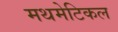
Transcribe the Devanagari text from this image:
मथमेटिकल